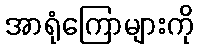
အာရုံကြောများကို